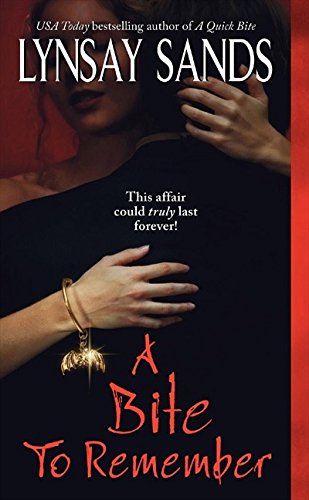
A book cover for A Bite to Remember (Argeneau Vampires, Book 5); Lynsay Sands; Romance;